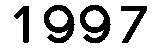
1997